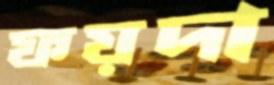
ফয়দা